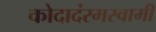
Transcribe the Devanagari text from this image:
कोदादंरमस्वामी